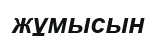
жұмысын